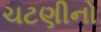
ચટણીનો